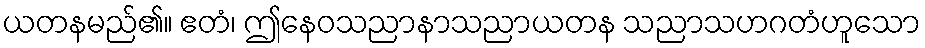
ယတနမည်၏။ ဧတံ၊ ဤနေဝသညာနာသညာယတန သညာသဟဂတံဟူသော